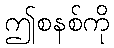
ဤစနစ်ကို